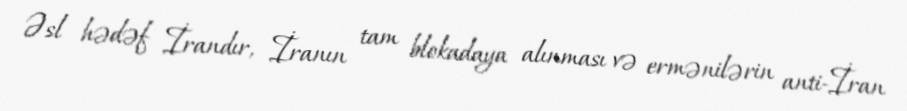
Əsl hədəf İrandır, İranın tam blokadaya alınması və ermənilərin anti-İran